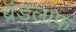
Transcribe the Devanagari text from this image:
ब्रॅडलाफ